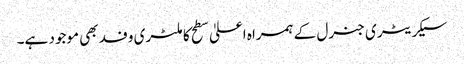
سیکریٹری جنرل کے ہمراہ اعلیٰ سطح کا ملٹری وفد بھی موجود ہے۔